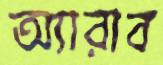
অ্যারাব